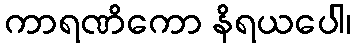
ကာရဏိကော နိရယပေါ၊